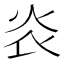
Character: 𤆟